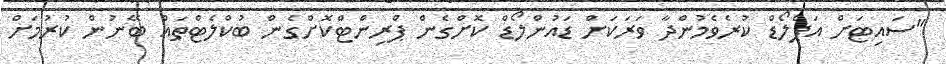
"ސައިޓަށް އަޕްލޯޑް ކުރެވެމުންދާ ވަރަކަށް ޑައުންލޯޑް ކޮށްގެން ޕްރިންޓްކޮށްގެން ބުކްލެޓްތައް ބޭނުން ކުރުމަށް